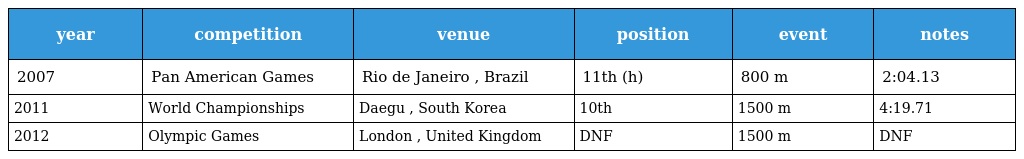
| year | competition | venue | position | event | notes |
 | --- | --- | --- | --- | --- | --- |
 | 2007 | Pan American Games | Rio de Janeiro , Brazil | 11th (h) | 800 m | 2:04.13 |
 | 2011 | World Championships | Daegu , South Korea | 10th | 1500 m | 4:19.71 |
 | 2012 | Olympic Games | London , United Kingdom | DNF | 1500 m | DNF |